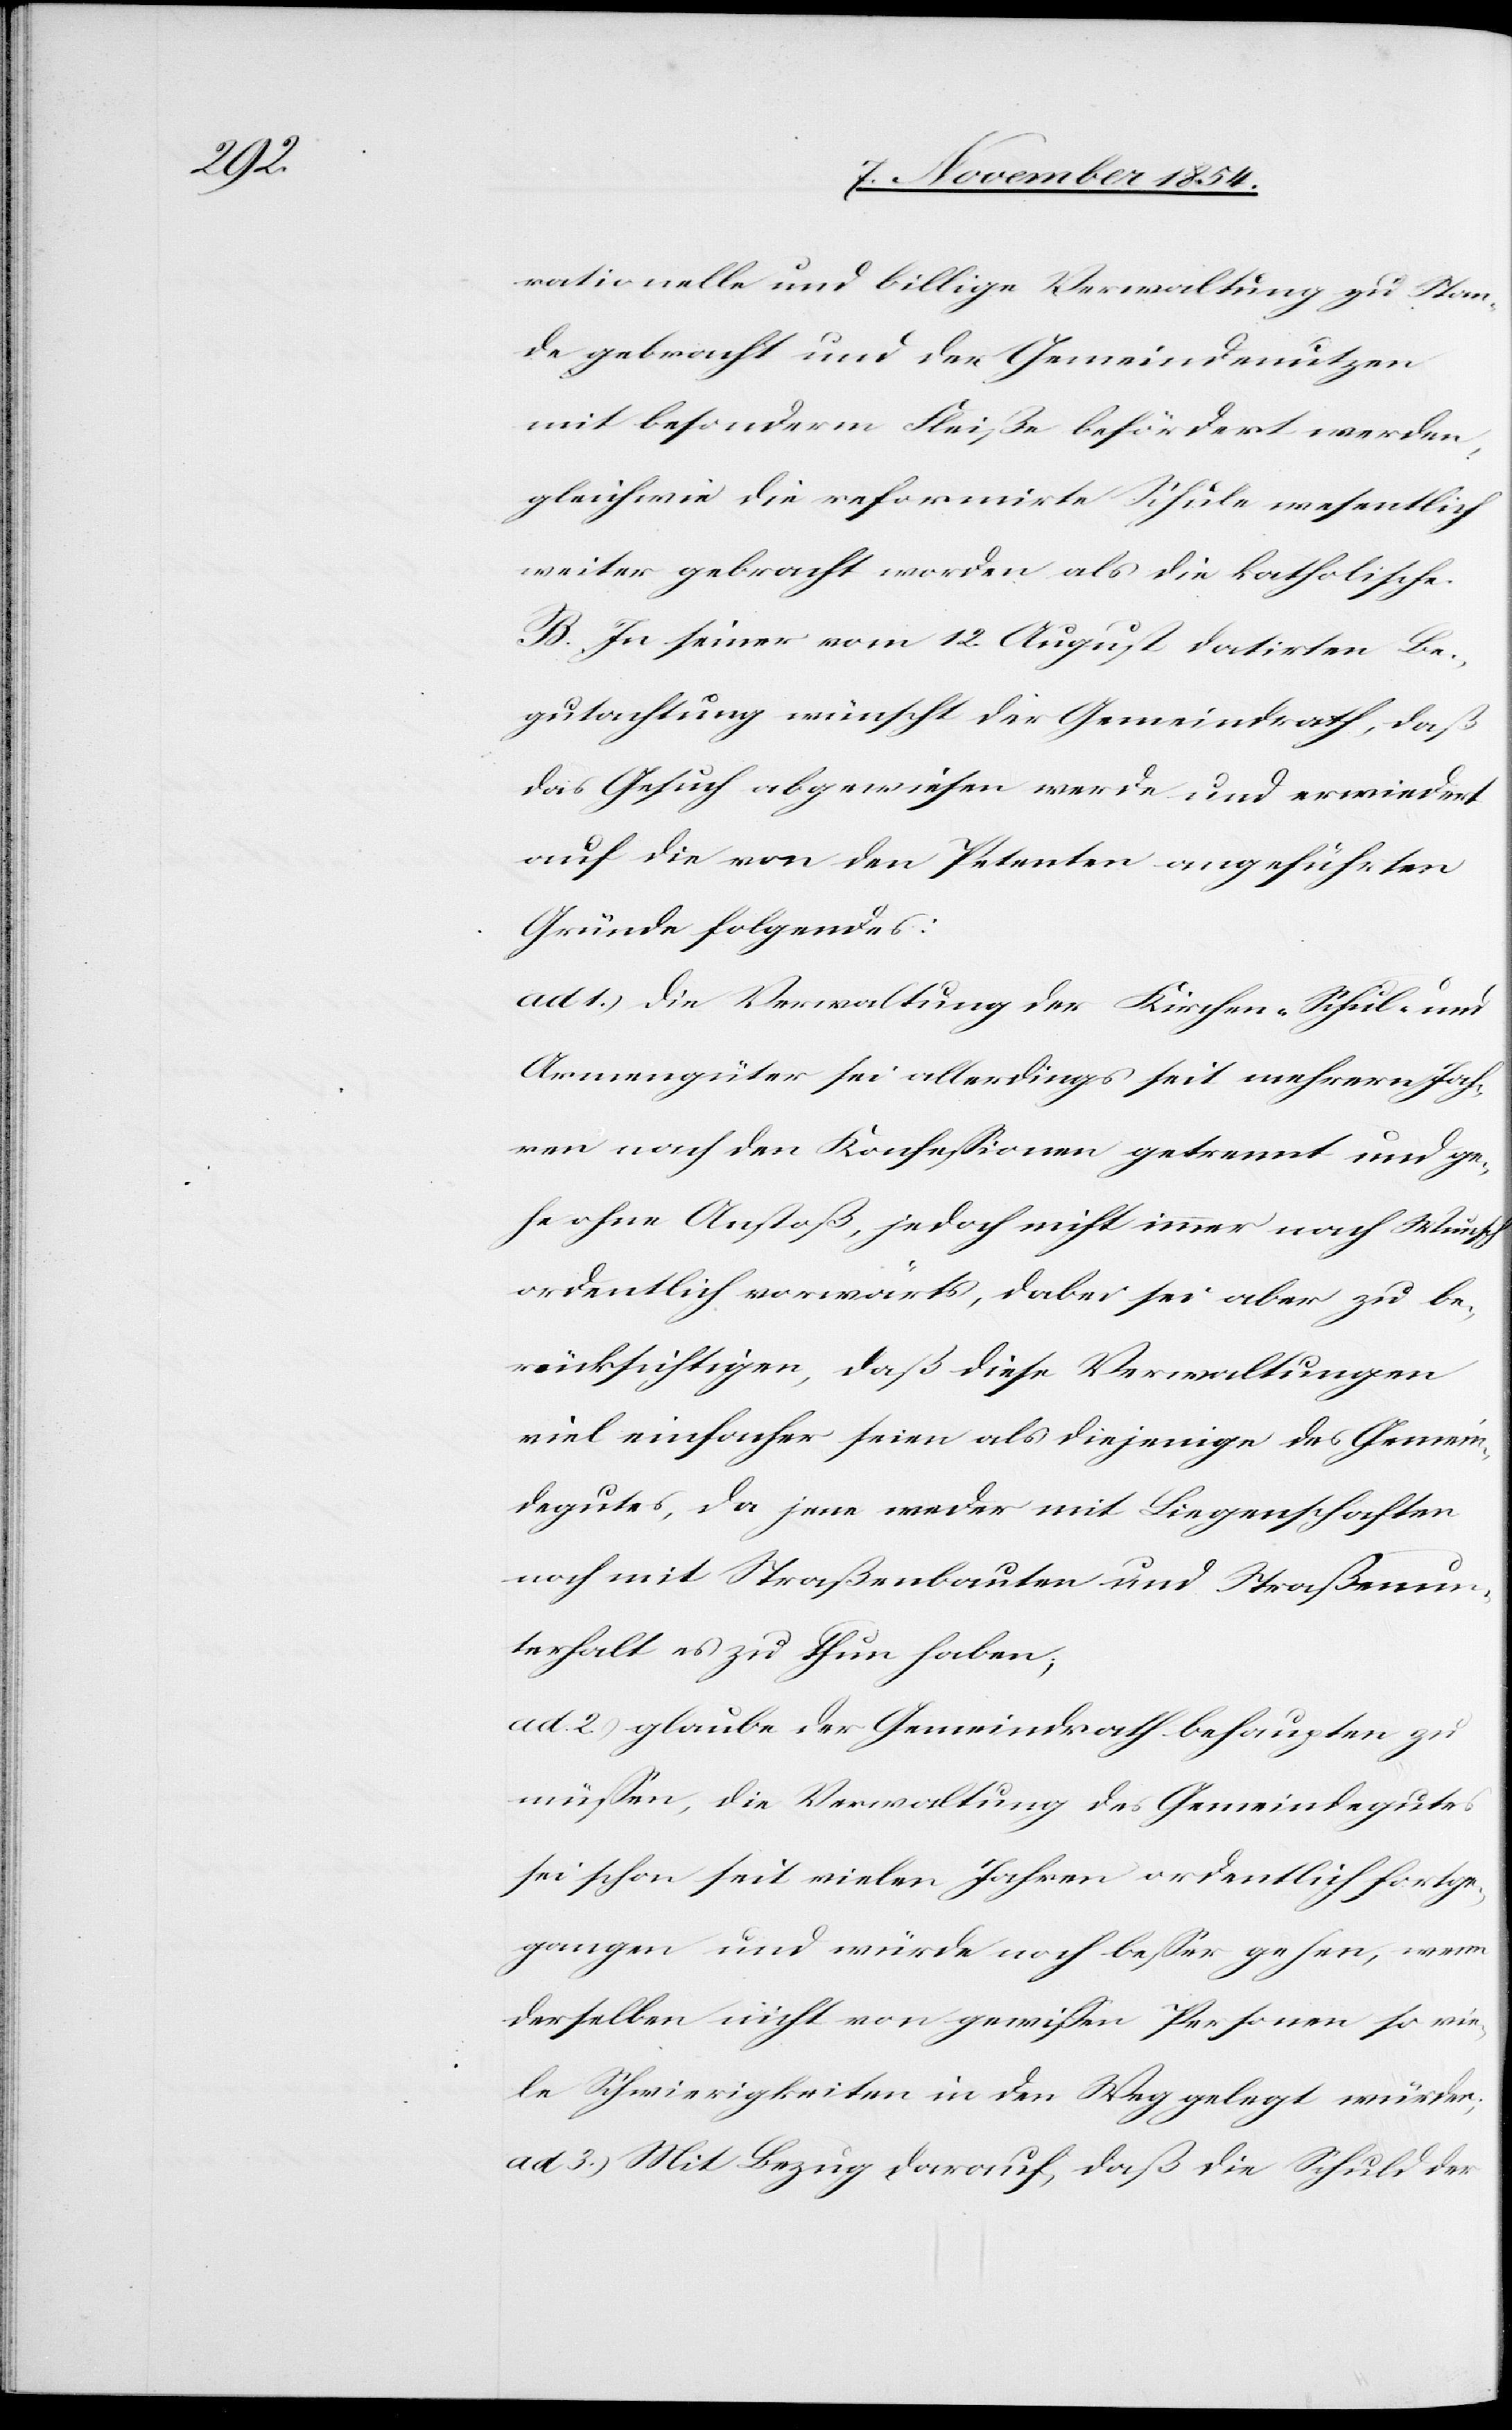
ßenun¬

rationelle und billige Verwaltung zu Stan¬
de gebracht und den Gemeindenutzen
mit besonderm Fleiße befördert werden,
gleichwie die reformirte Schule wesentlich
weiter gebracht worden als die katholische.
B. In seiner vom 12. August datirten Be¬
gutachtung wünscht der Gemeindrath, daß
das Gesuch abgewiesen werde und erwiedert
auf die von den Petenten angeführten
Gründe folgendes:
ad. 1.) die Verwaltung der Kirchen-[,] Schul- und
Armengüter sei allerdings seit mehrern Jah¬
ren nach den Konfeßionen getrennt und ge¬
he ohne Anstoß, jedoch nicht immer nach Wunsch
ordentlich vorwärts, dabei sei aber zu be¬
rücksichtigen, daß die Verwaltungen
viel einfacher seien als diejenige des Gemein¬
degutes, da jene weder mit Liegenschaften
terhalt es zu thun haben;
ad. 2.) glaube der Gemeindrath behaupten zu
müßen, die Verwaltung des Gemeindegutes
sei schon seit vielen Jahren ordentlich fortge¬
gangen und würde noch beßer gehen, wenn
derselben nicht von gewißen Personen so vie¬
le Schwierigkeiten in den Weg gelegt würden;
ad. 3.) Mit Bezug darauf, daß die Schuld der